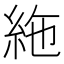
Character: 絁